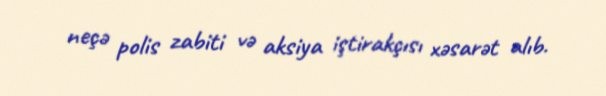
neçə polis zabiti və aksiya iştirakçısı xəsarət alıb.